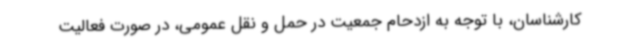
کارشناسان، با توجه به ازدحام جمعیت در حمل و نقل عمومی، در صورت فعالیت